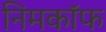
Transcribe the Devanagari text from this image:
निमकॉफ